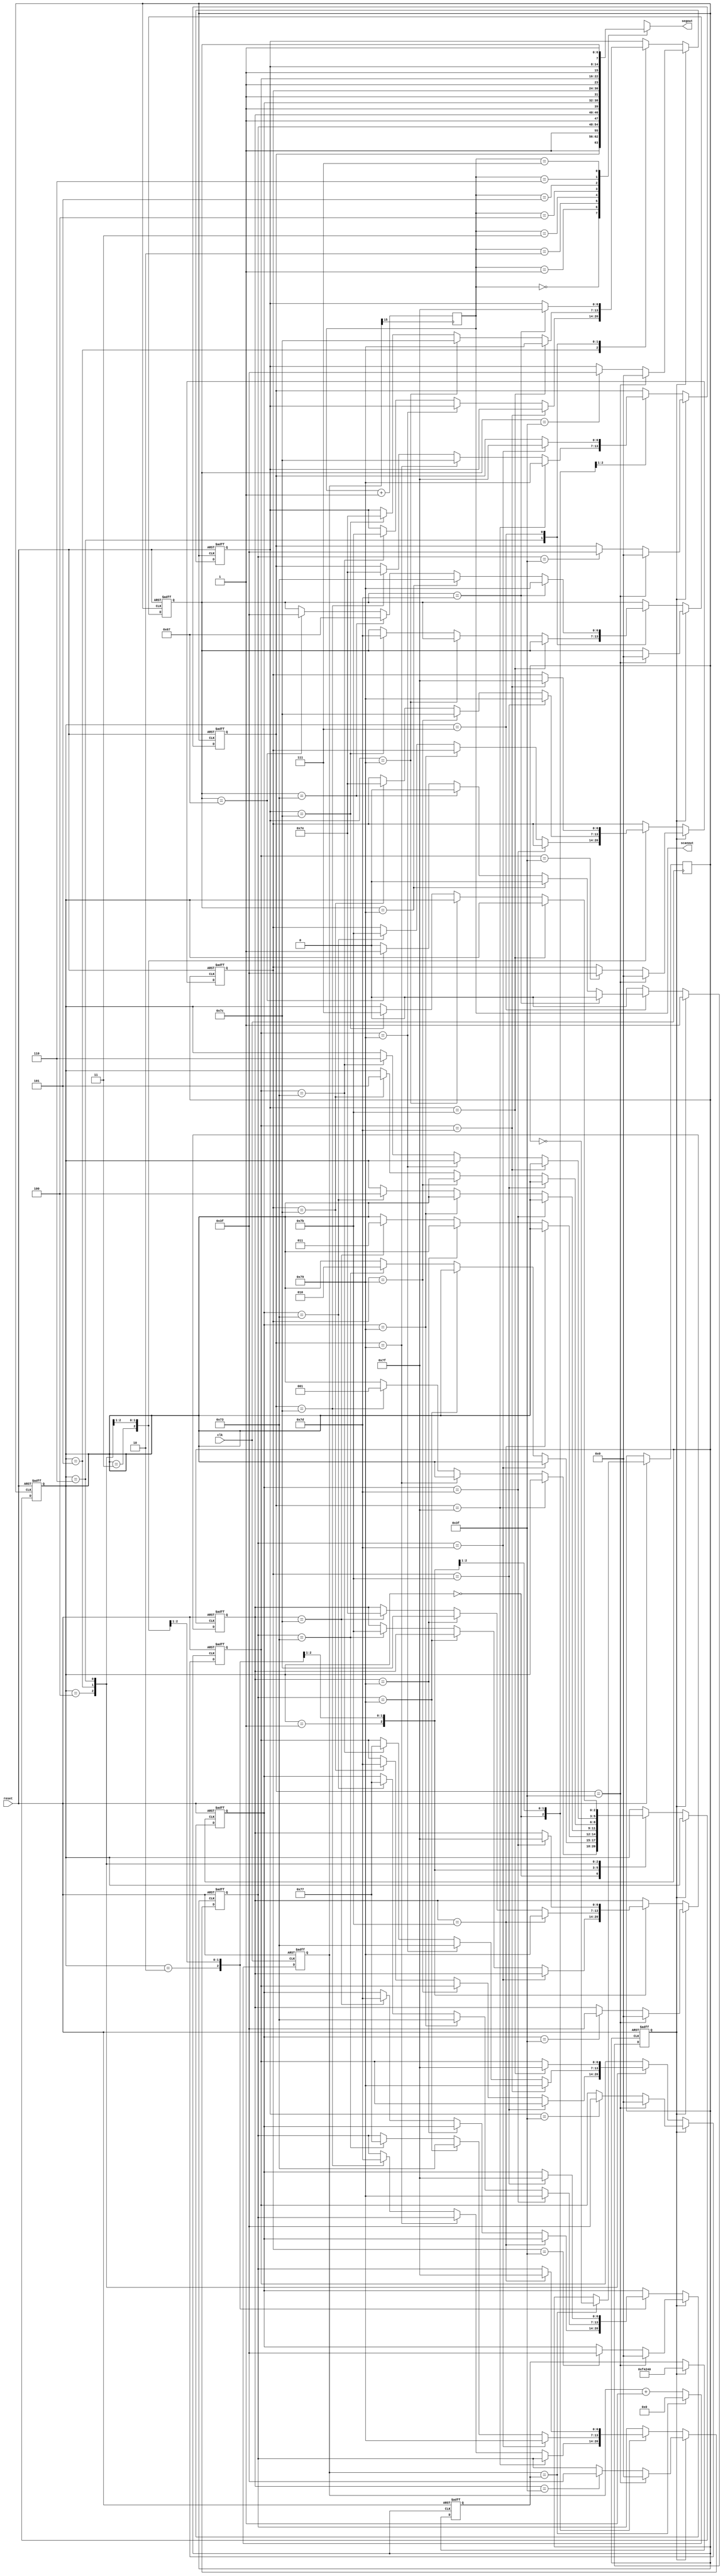
module sevenLedPattern(clk, reset, segout, scanout);

input clk, reset;
output reg [7:0] segout;//abcdefg no h
output reg [2:0] scanout;//num
//clk to clk1
reg clk1;
reg [25:0] cnt_scan;
reg [25:0] clkCNT = 1250000;
//7-SEG
reg [6:0] q[0:7];
reg [2:0] num = 3'b000;
reg modeS_done =0;


//---------------------------------------clock running---------------------------------------------
	always @(posedge clk, negedge reset)
	begin
		if(reset == 0) begin
			cnt_scan <= 0;
		end
		else begin
			cnt_scan <= cnt_scan + 1;
			if(cnt_scan == clkCNT) begin
				cnt_scan <= 0;
				clk1 = ~clk1;
			end
		end
	end

//-----------------------------------modify display digit-----------------------------------------
	always @(posedge clk1, negedge reset) begin
		if(reset == 0) begin
			q[0] = 7'b1111111; q[1] = 7'b1111111;
			q[2] = 7'b1111111; q[3] = 7'b1111111;
			q[4] = 7'b1111111; q[5] = 7'b1111111;
			q[6] = 7'b1111111; q[7] = 7'b1111111;
			num <= 3'b000;
			clkCNT <= 1250000;
			modeS_done <= 0;
		end
		else if(modeS_done==0) begin
			case(num)
				3'b000:
					     if(q[0]==7'b1111111) q[0] <= 7'b1111001;
					else if(q[0]==7'b1111001) q[0] <= 7'b1111100;
					else if(q[0]==7'b1111100) begin 
						q[0] <= 7'b1111110;
						q[1] <= 7'b1111101;
						num <= 3'b001;
					end
				3'b001: 
					if(q[1]==7'b1111101) begin
						q[1] <= 7'b1111001;
						q[0] <= 7'b1111111;
					end
					else if(q[1]==7'b1111001) q[1] <= 7'b1110011;
					else if(q[1]==7'b1110011) begin
						q[1] <= 7'b1110111;
						q[2] <= 7'b1111011;
						num <= 3'b010;
					end
				3'b010:
					if(q[2]==7'b1111011) begin
						q[2] <= 7'b1111001;
						q[1] <= 7'b1111111;
					end
					else if(q[2]==7'b1111001) q[2]<= 7'b1111100;
					else if(q[2]==7'b1111100) begin 
						q[2] <= 7'b1111110;
						q[3] <= 7'b1111101;
						num <= 3'b011;
					end
				3'b011:
					if(q[3]==7'b1111101) begin
						q[3] <= 7'b1111001;
						q[2] <= 7'b1111111;
					end
					else if(q[3]==7'b1111001) q[3] <= 7'b1110011;
					else if(q[3]==7'b1110011) begin
						q[3] <= 7'b1110111;
						q[4] <= 7'b1111011;
						num <= 3'b100;
					end
				3'b100:
					if(q[4]==7'b1111011) begin
						q[4] <= 7'b1111001;
						q[3] <= 7'b1111111;
					end
					else if(q[4]==7'b1111001) q[4] <= 7'b1111100;
					else if(q[4]==7'b1111100) begin 
						q[4] <= 7'b1111110;
						q[5] <= 7'b1111101;
						num <= 3'b101;
					end
				3'b101:
					if(q[5]==7'b1111101) begin
						q[5] <= 7'b1111001;
						q[4] <= 7'b1111111;
					end
					else if(q[5]==7'b1111001) q[5] <= 7'b1110011;
					else if(q[5]==7'b1110011) begin
						q[5] <= 7'b1110111;
						q[6] <= 7'b1111011;
						num <= 3'b110;
					end
				3'b110:
					if(q[6]==7'b1111011) begin
						q[6] <= 7'b1111001;
						q[5] <= 7'b1111111;
					end
					else if(q[6]==7'b1111001) q[6] <= 7'b1111100;
					else if(q[6]==7'b1111100) begin 
						q[6] <= 7'b1111110;
						q[7] <= 7'b1111101;
						num <= 3'b111;
					end
				3'b111:
					if(q[7]==7'b1111101) begin
						q[7] <= 7'b1111001;
						q[6] <= 7'b1111111;
					end
					else if(q[7]==7'b1111001) q[7] <= 7'b1110011;
					else if(q[7]==7'b1110011) q[7] <= 7'b1100111;
					else if(q[7]==7'b1100111) begin
						q[7] <= 7'b0111111;
						modeS_done <=1;// go to shu
					end
				default: q[0] <= 7'b1111111;
			endcase
		end //else if(modeS_done==0)
		else if(modeS_done==1) begin 
			clkCNT <= 1000000;
			if(q[7]==7'b0111111) q[6]<=7'b0111111;
			if(q[6]==7'b0111111) q[5]<=7'b0111111;
			if(q[5]==7'b0111111) q[4]<=7'b0111111;
			if(q[4]==7'b0111111) q[3]<=7'b0111111;
			if(q[3]==7'b0111111) q[2]<=7'b0111111;
			if(q[2]==7'b0111111) q[1]<=7'b0111111;
			if(q[1]==7'b0111111) q[0]<=7'b0111111;
			if(q[0]==7'b0111111) begin
				q[0]<=7'b0000000; q[1]<=7'b0000000;
				q[2]<=7'b0000000; q[3]<=7'b0000000;
				q[4]<=7'b0000000; q[5]<=7'b0000000;
				q[6]<=7'b0000000; q[7]<=7'b0000000;
			end
		end //else if(modeS_done==1)
	end

//----------------------------------scan and display 7-SEG---------------------------------------------
	always @(posedge cnt_scan[15])
		scanout <= scanout + 1;
	
	always @(scanout) begin
		case(scanout)
			3'b000: segout = {1'b1, q[0]};
			3'b001: segout = {1'b1, q[1]};
			3'b010: segout = {1'b1, q[2]};
			3'b011: segout = {1'b1, q[3]};
			3'b100: segout = {1'b1, q[4]};
			3'b101: segout = {1'b1, q[5]};
			3'b110: segout = {1'b1, q[6]};
			3'b111: segout = {1'b1, q[7]};
			default: segout = 8'b11111111;
		endcase
	end
	
endmodule